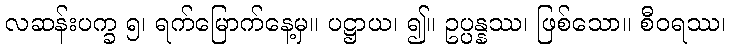
လဆန်းပက္ခ ၅၊ ရက်မြောက်နေ့မှ။ ပဋ္ဌာယ၊ ၍။ ဥပ္ပန္နဿ၊ ဖြစ်သော။ စီဝရဿ၊